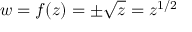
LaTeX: w = f ( z ) = \pm { \sqrt { z } } = z ^ { 1 / 2 }